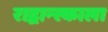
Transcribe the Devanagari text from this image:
राद्वान्स्काला